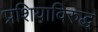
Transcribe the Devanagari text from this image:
प्रशियाविरुद्ध